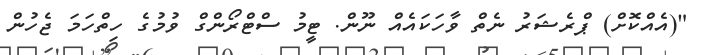
"(އެއްކޮށް) ޕްރެޝަރު ނެތް ވާހަކައެއް ނޫން. ޓީމު ސްޓްރޯންގް ވުމުގެ ހިތްހަމަ ޖެހުން